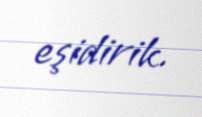
eşidirik.